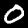
Digit: 0